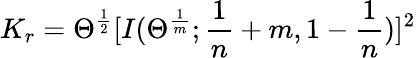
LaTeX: K_{r}=\Theta^{\frac{1}{2}}[I(\Theta^{\frac{1}{m}};\frac{1}{n}+m,1-\frac{1}{n})]^{2}